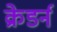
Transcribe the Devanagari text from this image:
क्रेडर्न